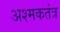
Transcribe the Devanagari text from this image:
अश्मकतंत्र